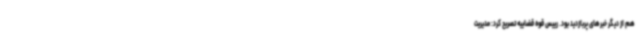
هم از دیگر خبرهای پربازدید بود. رییس قوه قضاییه تصریح کرد: مدیریت